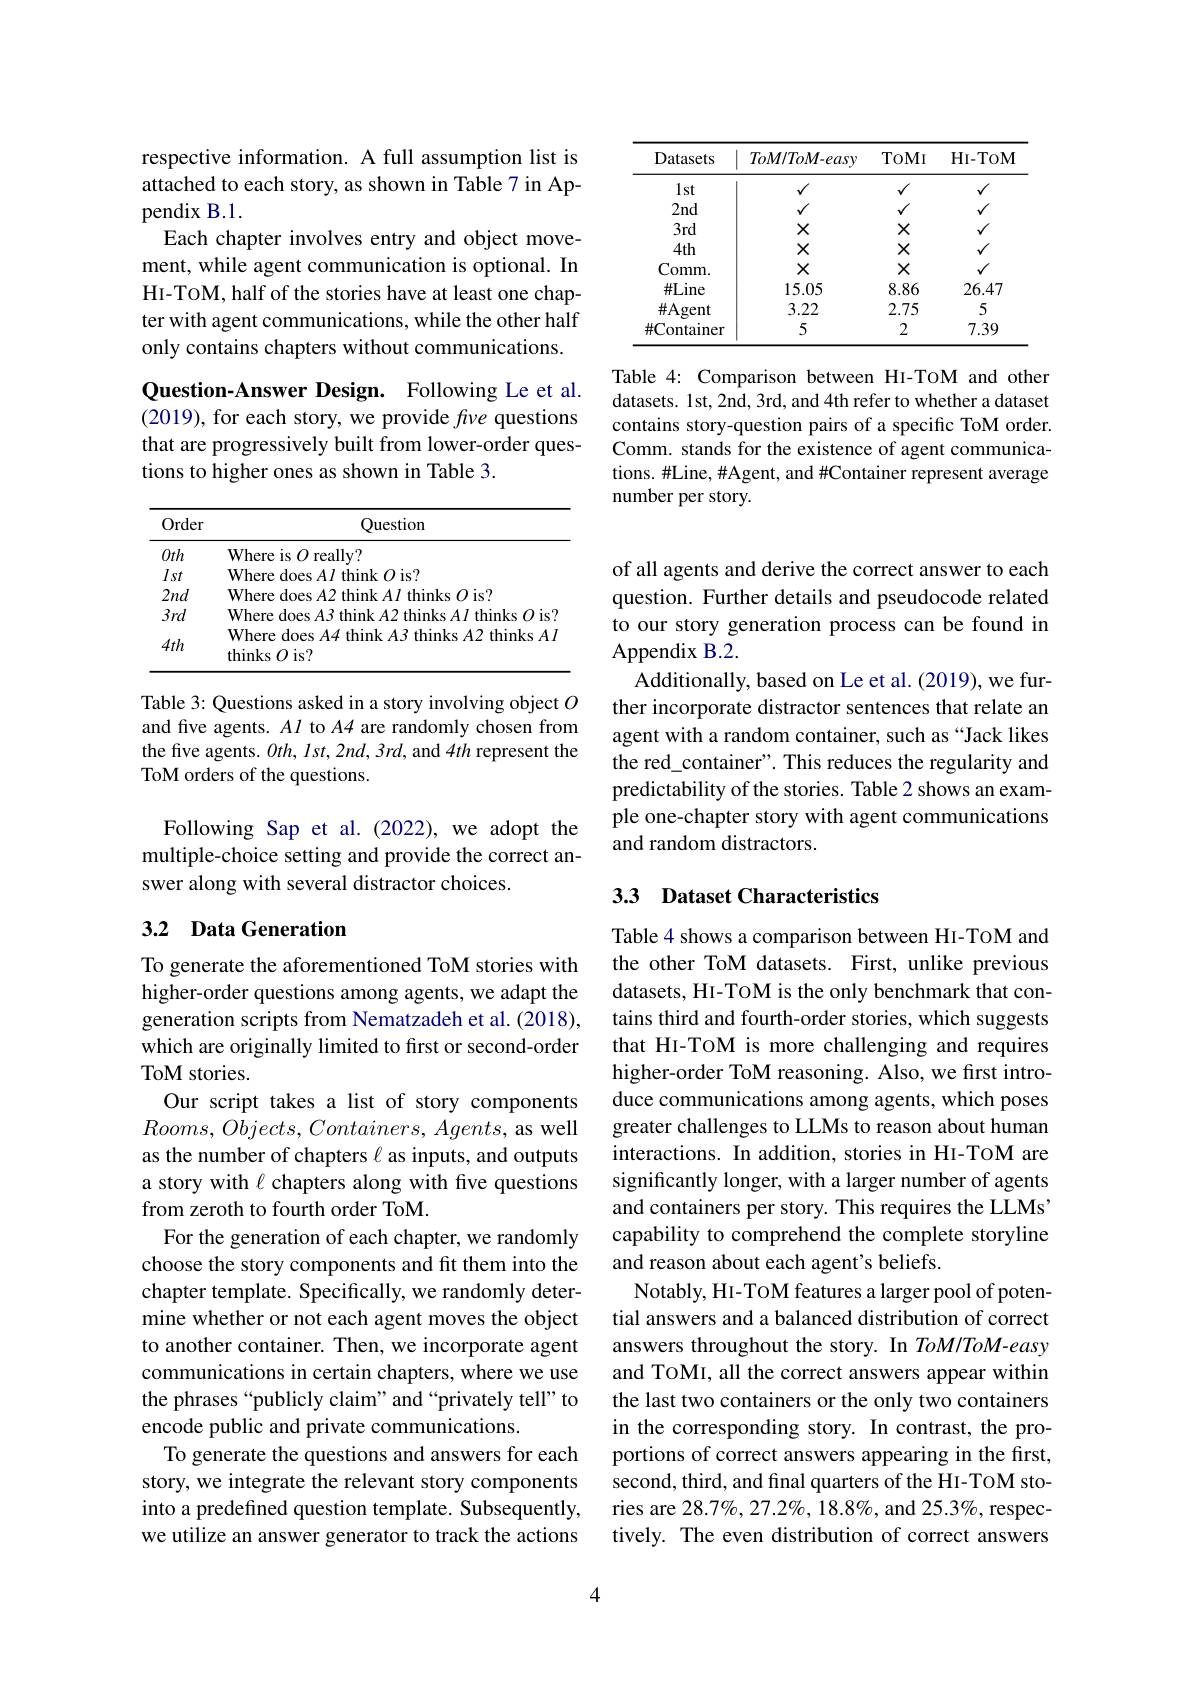
<table>
	<tbody>
		<tr>
			<th>Datasets</th>
			<th>$ToM/ToM$-easy</th>
			<th>ToMI</th>
			<th>HI- TOM</th>
		</tr>
		<tr>
			<td>$1st$</td>
			<td>$v$</td>
			<td>$√$</td>
			<td>v</td>
		</tr>
		<tr>
			<td>$2nd$</td>
			<td>$√$</td>
			<td>$√$</td>
			<td>v</td>
		</tr>
		<tr>
			<td>3rd</td>
			<td>X</td>
			<td>X</td>
			<td>$√$</td>
		</tr>
		<tr>
			<td>$4th$</td>
			<td>X</td>
			<td>X</td>
			<td>$√$</td>
		</tr>
		<tr>
			<td>Comm. </td>
			<td>X</td>
			<td>X</td>
			<td>$v$</td>
		</tr>
		<tr>
			<td>$\#Line$</td>
			<td>15.05</td>
			<td>8.86</td>
			<td>26.47</td>
		</tr>
		<tr>
			<td>$\#$Agent</td>
			<td>3.22</td>
			<td>2.75</td>
			<td>5</td>
		</tr>
		<tr>
			<td>$\#$Container</td>
			<td>5</td>
			<td>2</td>
			<td>7.39</td>
		</tr>
	</tbody>
</table>

Table 4: Comparison between HI-TOM and other datasets. 1st, 2nd, 3rd, and 4th refer to whether a dataset contains story-question pairs of a specific ToM order. Comm. stands for the existence of agent communications. #Line, #Agent, and #Container represent average number per story.

respective information. A full assumption list is attached to each story, as shown in Table 7 in Appendix B.1.
Each chapter involves entry and object movement, while agent communication is optional. In HI-TOM, half of the stories have at least one chapter with agent communications, while the other half only contains chapters without communications.

Question-Answer Design. Following Le et al. (2019), for each story, we provide $f\iota\nu e$ questions that are progressively built from lower-order questions to higher ones as shown in Table 3.

<table>
	<tbody>
		<tr>
			<th>Order</th>
			<th>Question</th>
		</tr>
		<tr>
			<td>Oth</td>
			<td>Where is $O$ really?</td>
		</tr>
		<tr>
			<td>Ist</td>
			<td>$O$ is? $\mathbf{M}$ thinle</td>
		</tr>
		<tr>
			<td>$2nd$</td>
			<td>Where :0 is? </td>
		</tr>
		<tr>
			<td>$3rd$</td>
			<td>Where does A3 think $A2$ thinks $AI$ thinks $O$ is?</td>
		</tr>
		<tr>
			<td>$4th$</td>
			<td>Where does A4 think A3 thinks $A2$ thinks $A.$ thinks $O$ is?</td>
		</tr>
	</tbody>
</table>

Table 3: Questions asked in a story involving object $O$ and five agents. $Al$ to $A4$ are randomly chosen from the five agents. $Oth,Ist,2nd,3rd$, and 4th represent the ToM orders of the questions.

Following Sap et al.(2022), we adopt the multiple-choice setting and provide the correct answer along with several distractor choices.

## 3.2 Data Generation

To generate the aforementioned ToM stories with higher-order questions among agents, we adapt the generation scripts from Nematzadeh et al. (2018), which are originally limited to first or second-order ToM stories.
Our script takes a list of story components $Rooms,Objects,Containers,Agents$, as well as the number of chapters $\ell$ as inputs, and outputs a story with $\ell$ chapters along with five questions from zeroth to fourth order ToM.
For the generation of each chapter, we randomly choose the story components and fit them into the chapter template. Specifically, we randomly determine whether or not each agent moves the object to another container. Then, we incorporate agent communications in certain chapters, where we use the phrases “publicly claim” and “privately tell” to encode public and private communications.
To generate the questions and answers for each story, we integrate the relevant story components into a predefined question template. Subsequently, we utilize an answer generator to track the actions

of all agents and derive the correct answer to each question. Further details and pseudocode related to our story generation process can be found in Appendix B.2.
Additionally, based on Le et al. (2019), we further incorporate distractor sentences that relate an agent with a random container, such as “Jack likes the red\_container". This reduces the regularity and predictability of the stories. Table 2 shows an example one-chapter story with agent communications and random distractors.

## 3.3 Dataset Characteristics

Table 4 shows a comparison between HI-TOM and the other ToM datasets. First, unlike previous datasets, HI-TOM is the only benchmark that contains third and fourth-order stories, which suggests that HI-TOM is more challenging and requires higher-order ToM reasoning. Also, we first introduce communications among agents, which poses greater challenges to LLMs to reason about human interactions. In addition, stories in HI-TOM are significantly longer, with a larger number of agents and containers per story. This requires the LLMs" capability to comprehend the complete storyline and reason about each agent's beliefs.
Notably, HI- TOM features a larger pool of potential answers and a balanced distribution of correct answers throughout the story. In $ToM/ToM-easy$ and TOMI, all the correct answers appear within the last two containers or the only two containers in the corresponding story. In contrast, the proportions of correct answers appearing in the first, second, third, and final quarters of the HI-ToM stories are $28.7\%,27.2\%,18.8\%$, and $25.3\%$, respectively. The even distribution of correct answers

4